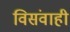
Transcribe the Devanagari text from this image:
विसंवाही